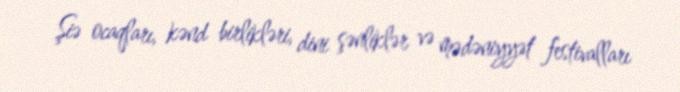
Şiə ocaqları, kənd birlikləri, dini şənliklər və mədəniyyət festivalları